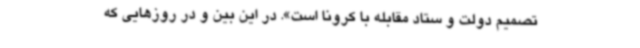
تصمیم دولت و ستاد مقابله با کرونا است». در این بین و در روزهایی که